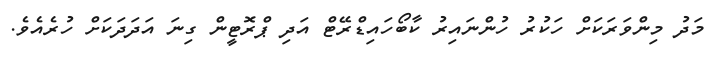
މަދު މިންވަރަކަށް ހަކުރު ހުންނައިރު ކާބޯހައިޑްރޭޓް އަދި ޕްރޮޓީން ގިނަ އަދަދަކަށް ހުރެއެވެ.